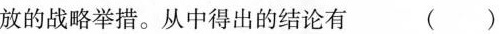
放的战略举措。从中得出的结论有 ( )